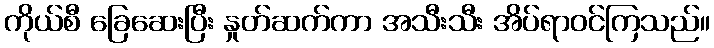
ကိုယ်စီ ခြေဆေးပြီး နှုတ်ဆက်ကာ အသီးသီး အိပ်ရာဝင်ကြသည်။